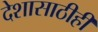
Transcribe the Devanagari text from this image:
देशासाठीही